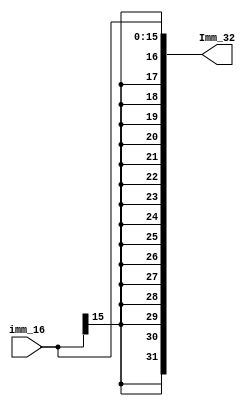
`timescale 1ns / 1ps
//////////////////////////////////////////////////////////////////////////////////
// Company: 
// Engineer: 
// 
// Design Name: 
// Module Name:    Ext_32 
// Project Name: 
// Target Devices: 
// Tool versions: 
// Description: 
//
// Dependencies: 
//
// Revision: 
// Revision 0.01 - File Created
// Additional Comments: 
//
//////////////////////////////////////////////////////////////////////////////////
module Ext_32(input [15:0] imm_16,
				  output [31:0] Imm_32
    );
assign Imm_32 = {{16{imm_16[15]}},imm_16[15:0]};

endmodule